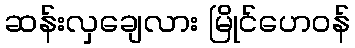
ဆန်းလှချေလား မြိုင်ဟေဝန်